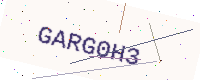
Text: GARG0H3